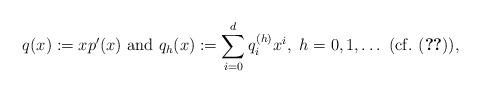
LaTeX: \begin{align*}q(x):=xp'(x)~{\rm and}~q_h(x):=\sum_{i=0}^dq_i^{(h)}x^i,~h=0,1,\dots~{\rm (cf.~ (\ref{eqdnd2}))},\end{align*}